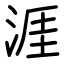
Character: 涯